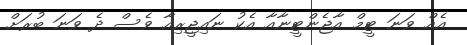
އެއް ވަނަ ޓީމް އާޖެންޓީނާއާ އެކު ނައިޖީރިއާ ވެސް ދެ ވަނަ ބުރަށް